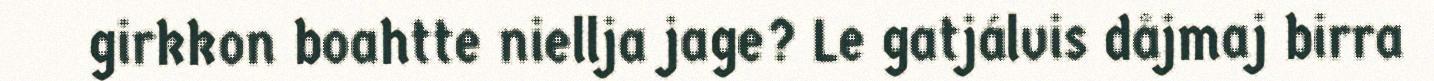
girkkon boahtte niellja jage? Le gatjálvis dåjmaj birra